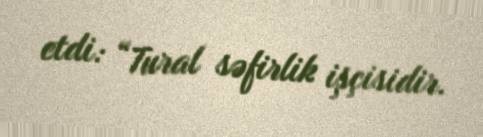
etdi: “Tural səfirlik işçisidir.